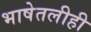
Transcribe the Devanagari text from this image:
भाषेतलीही